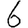
Digit: 6